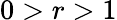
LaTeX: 0>r>1